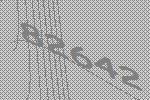
82642